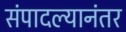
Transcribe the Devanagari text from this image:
संपादल्यानंतर